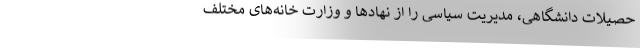
حصیلات دانشگاهی‌، مدیریت سیاسی را از نهادها و وزارت خانه‌های مختلف